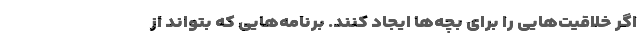
اگر خلاقیت‌هایی را برای بچه‌ها ایجاد کنند. برنامه‌هایی که بتواند از